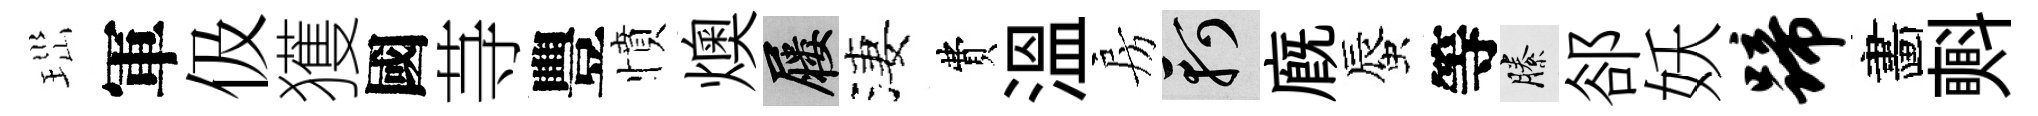
𤤼軍伋獲國䒭豐憤燠屨淒費溫房軻廐蜃等縢郤妖蹄畵㪺